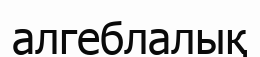
алгеблалық